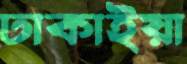
ঢাকাইয়া